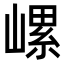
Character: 𡻱